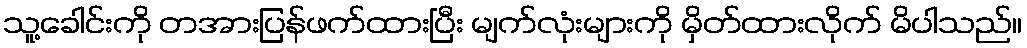
သူ့ခေါင်းကို တအားပြန်ဖက်ထားပြီး မျက်လုံးများကို မှိတ်ထားလိုက် မိပါသည်။